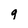
Character: q